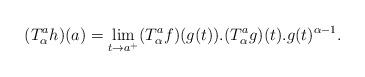
LaTeX: \begin{align*}(T_\alpha ^a h)(a)= \lim_{t\rightarrow a ^+}(T_\alpha ^a f)(g(t)).(T_\alpha ^a g)(t). g(t)^{\alpha-1}.\end{align*}